Lunatic asylums Central Provinces reports 1874-1885 - 1874-1885
Year: 1874
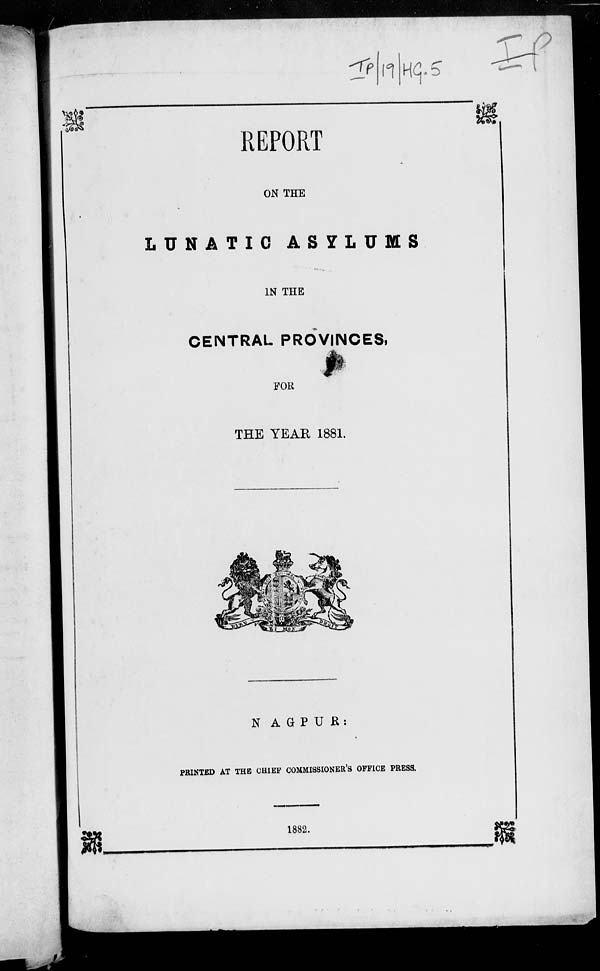
REPORT
ON THE
LUNATIC
ASYLUMS
IN THE
CENTRAL PROVINCES,
FOR
THE YEAR 1881.
NAGPUR:
PRINTED AT THE CHIEF COMMISSIONER'S OFFICE PRESS.
1882.